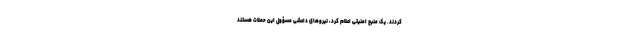
کردند. یک منبع امنیتی اعلام کرد، نیروهای داعشی مسؤول این حملات هستند